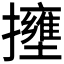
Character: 𱡍